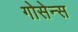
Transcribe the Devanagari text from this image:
गोसेन्स